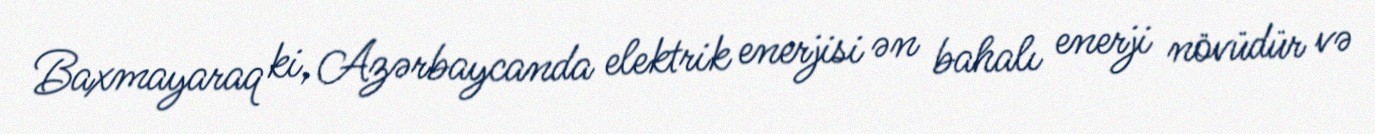
Baxmayaraq ki, Azərbaycanda elektrik enerjisi ən bahalı enerji növüdür və